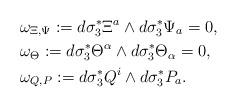
LaTeX: \begin{align*}&\omega_{\Xi,\Psi}:=d\sigma_{3}^{*}\Xi^{a}\wedge d\sigma_{3}^{*}\Psi_{a}=0,\\&\omega_{\Theta}:=d\sigma_{3}^{*}\Theta^{\alpha}\wedge d\sigma_{3}^{*}\Theta_{\alpha}=0,\\&\omega_{Q,P}:=d\sigma_{3}^{*}Q^{i}\wedge d\sigma_{3}^{*}P_{a}.\end{align*}